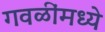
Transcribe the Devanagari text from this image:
गवळींमध्ये